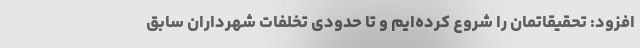
افزود: تحقیقاتمان را شروع کرده‌ایم و تا حدودی تخلفات شهرداران سابق